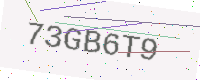
Text: 73GB6T9